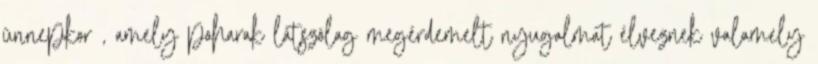
ünnepkor , amely poharak látszólag megérdemelt nyugalmat élveznek valamely